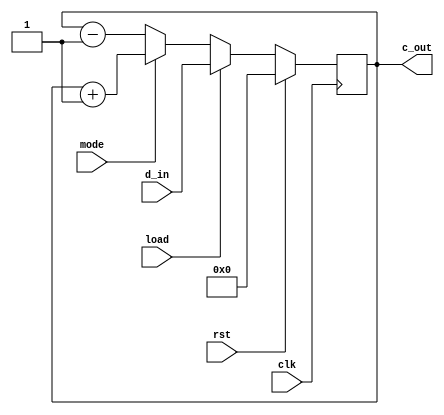
`timescale 1ns / 1ps
//////////////////////////////////////////////////////////////////////////////////
// Company: 
// Engineer: 
// 
// Design Name: 
// Module Name: up_down_count
// Project Name: 
// Target Devices: 
// Tool Versions: 
// Description: 
// 
// Dependencies: 
// 
// Revision:
// Revision 0.01 - File Created
// Additional Comments:
// 
//////////////////////////////////////////////////////////////////////////////////


module up_down_count(
    input [3:0] d_in,
    input clk,rst,load,mode,
    output reg [3:0] c_out
    );
    
    always@(posedge clk)
      begin
        if(rst)
           c_out=4'b0000;
        else if(load)
          c_out=d_in;
        else if(mode)
           c_out=c_out+1;
        else
          c_out=c_out-1;
      end
endmodule